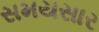
સમયસાર